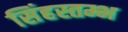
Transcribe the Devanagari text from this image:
सिंहस्तम्भ